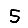
Digit: 5